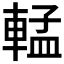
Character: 𬧷